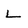
Character: L